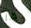
إنها